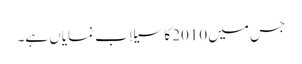
جس میں 2010کا سیلاب نمایاں ہے۔